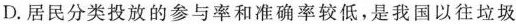
D.居民分类投放的参与率和准确率较低，是我国以往垃圾